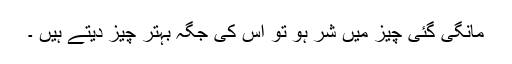
مانگی گئی چیز میں شر ہو تو اس کی جگہ بہتر چیز دیتے ہیں ۔